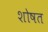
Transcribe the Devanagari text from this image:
शोषत